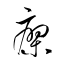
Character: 寥